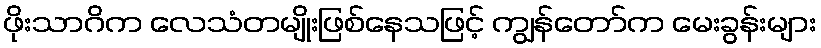
ဖိုးသာဂိက လေသံတမျိုးဖြစ်နေသဖြင့် ကျွန်တော်က မေးခွန်းများ